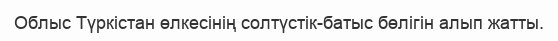
Облыс Түркістан өлкесінің солтүстік-батыс бөлігін алып жатты.